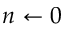
n \gets 0